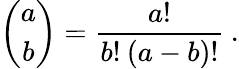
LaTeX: \left(\begin{array}{c}{{a}}\\ {{b}}\end{array}\right)=\frac{a!}{b!\: (a-b)!}\: .